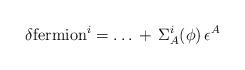
LaTeX: \begin{align*}\delta \mbox{fermion}^i = \dots \, + \, \Sigma_A^i(\phi) \, \epsilon^A\end{align*}